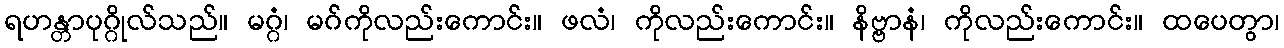
ရဟန္တာပုဂ္ဂိုလ်သည်။ မဂ္ဂံ၊ မဂ်ကိုလည်းကောင်း။ ဖလံ၊ ကိုလည်းကောင်း။ နိဗ္ဗာနံ၊ ကိုလည်းကောင်း။ ထပေတွာ၊